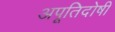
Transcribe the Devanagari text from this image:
अपूतिदोषी